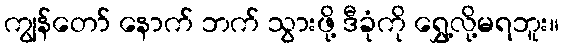
ကျွန်တော် နောက် ဘက် သွားဖို့ ဒီခုံကို ရွှေ့လို့မရဘူး။